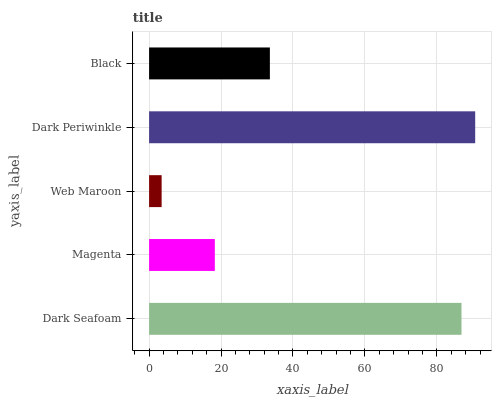
| yaxis_label | bars |
 | --- | --- |
 | Dark Seafoam | 86.8 |
 | Magenta | 18.3 |
 | Web Maroon | 3.49 |
 | Dark Periwinkle | 90.6 |
 | Black | 33.6 |